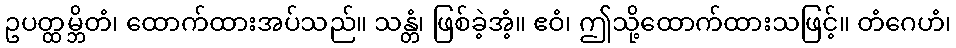
ဥပတ္ထမ္ဘိတံ၊ ထောက်ထားအပ်သည်။ သန္တံ၊ ဖြစ်ခဲ့အံ့။ ဧဝံ၊ ဤသို့ထောက်ထားသဖြင့်။ တံဂေဟံ၊